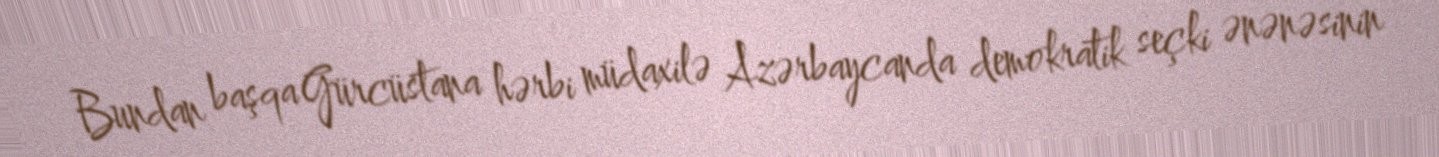
Bundan başqa Gürcüstana hərbi müdaxilə Azərbaycanda demokratik seçki ənənəsinin